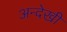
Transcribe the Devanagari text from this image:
अन्देखी